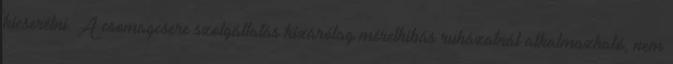
kicserélni. A csomagcsere szolgáltatás kizárólag mérethibás ruházatnál alkalmazható, nem